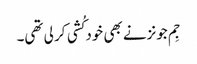
جِم جونزنے بھی خود کُشی کر لی تھی۔